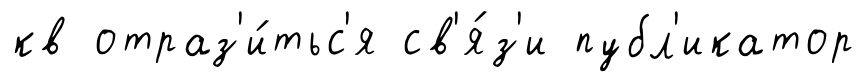
кв отраз'и́тьс'я св'я́з'и публ'икатор